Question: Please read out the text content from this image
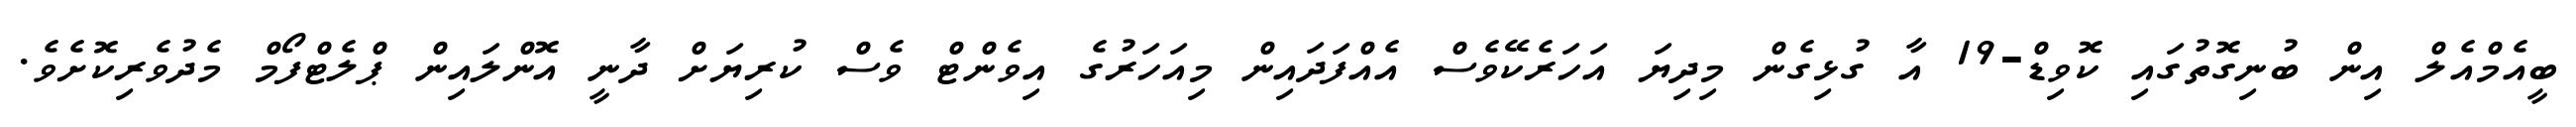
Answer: ބީއެމްއެލް އިން ބުނިގޮތުގައި ކޮވިޑް-19 އާ ގުޅިގެން މިދިޔަ އަހަރެކޭވެސް އެއްފަދައިން މިއަހަރުގެ އިވެންޓް ވެސް ކުރިޔަށް ދާނީ އޮންލައިން ޕްލެޓްފޯމް މެދުވެރިކޮށެވެ.